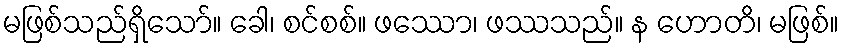
မဖြစ်သည်ရှိသော်။ ခေါ၊ စင်စစ်။ ဖဿော၊ ဖဿသည်။ န ဟောတိ၊ မဖြစ်။